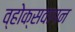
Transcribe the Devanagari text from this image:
व्होक्सवागन